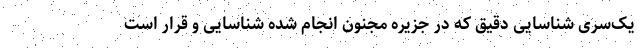
یک‌سری شناسایی دقیق که در جزیره مجنون انجام شده شناسایی و قرار است